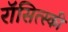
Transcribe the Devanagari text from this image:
रॉसित्स्की